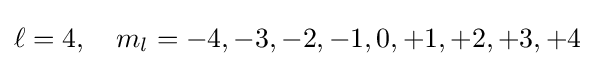
\ell =4,\quad m_{l}=-4,-3,-2,-1,0,+1,+2,+3,+4